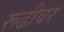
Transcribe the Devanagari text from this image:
रूढीवर